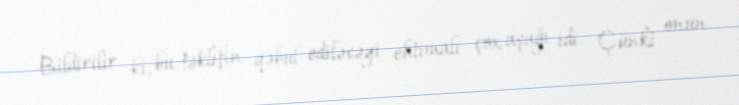
Bildirilir ki, bu təklifin qəbul ediləcəyi ehtimalı çox aşağı idi. Çünki onun